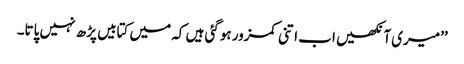
’’میری آنکھیں اب اتنی کمزور ہوگئی ہیں کہ میں کتابیں پڑھ نہیں پاتا۔